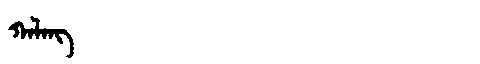
Manchu: ᡴᠠᠯᠠᠩ
Romanization: KALANG